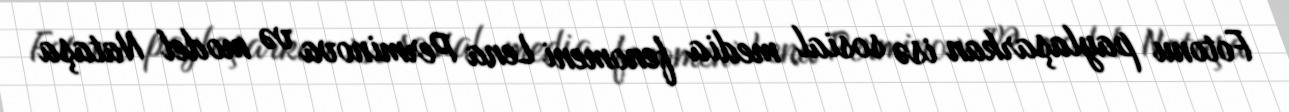
Fotonu paylaşarkan isə sosial media fenomeni Lena Perminova və model Nataşa